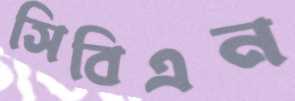
সিবিএন